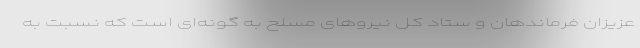
عزیزان فرماندهان و ستاد کل نیروهای مسلح به گونه‌ای است که نسبت به